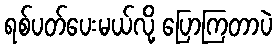
ရစ်ပတ်ပေးမယ်လို့ ပြောကြတာပဲ